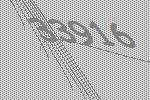
33916